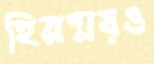
হিরণ্ময়ও